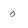
Character: 0